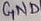
Text: GND